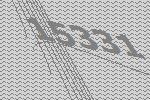
15331